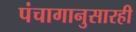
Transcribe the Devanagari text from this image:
पंचागानुसारही